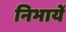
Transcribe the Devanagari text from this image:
निभायें